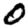
Digit: 0